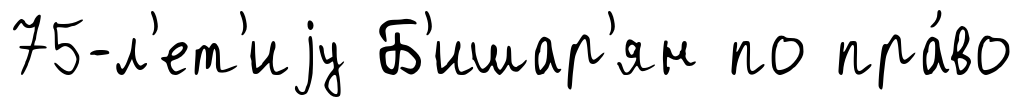
75-л'ет'иjу Б'ишар'ян по пра́во